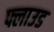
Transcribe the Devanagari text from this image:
फ्लाउड